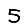
Digit: 5